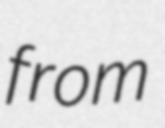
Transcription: from